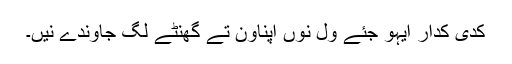
کدی کدار ایہو جئے ول نوں اپناون تے گھنٹے لگ جاوندے نیں۔